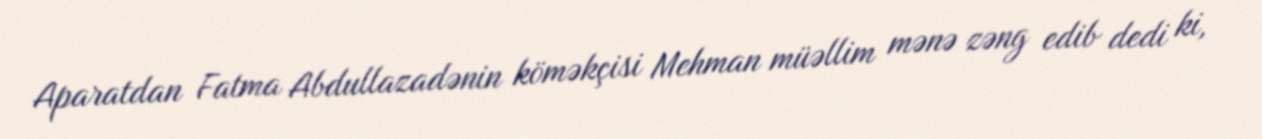
Aparatdan Fatma Abdullazadənin köməkçisi Mehman müəllim mənə zəng edib dedi ki,